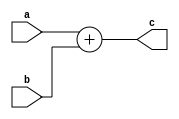
module add_1bit(a, b, c);
input a, b;
output c;
                                 
  assign c = a + b;

endmodule